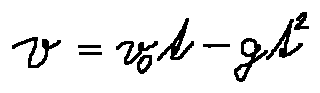
v = v _ { 0 } t - g t ^ { 2 }